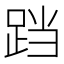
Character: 𮛗